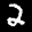
Label: 2